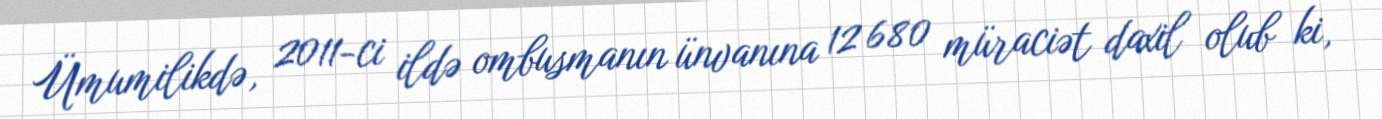
Ümumilikdə, 2011-ci ildə ombusmanın ünvanına 12 680 müraciət daxil olub ki,